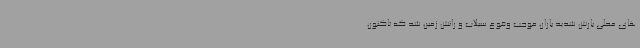
های محلی بارش شدید باران موجب وقوع سیلاب و رانش زمین شد که تاکنون